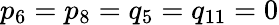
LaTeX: p_{6}=p_{8}=q_{5}=q_{11}=0